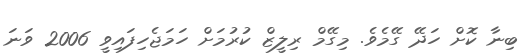
ބިނާ ކޮށް ހަދޭ ގޭމެވެ. މިގޭމް ރިލީޒް ކުރުމަށް ހަމަޖެހިފައިވީ 2006 ވަނަ